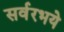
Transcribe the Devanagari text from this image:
सर्वरभये